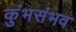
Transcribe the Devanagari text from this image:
कुंभसंभव